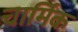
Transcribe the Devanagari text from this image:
चार्मिक